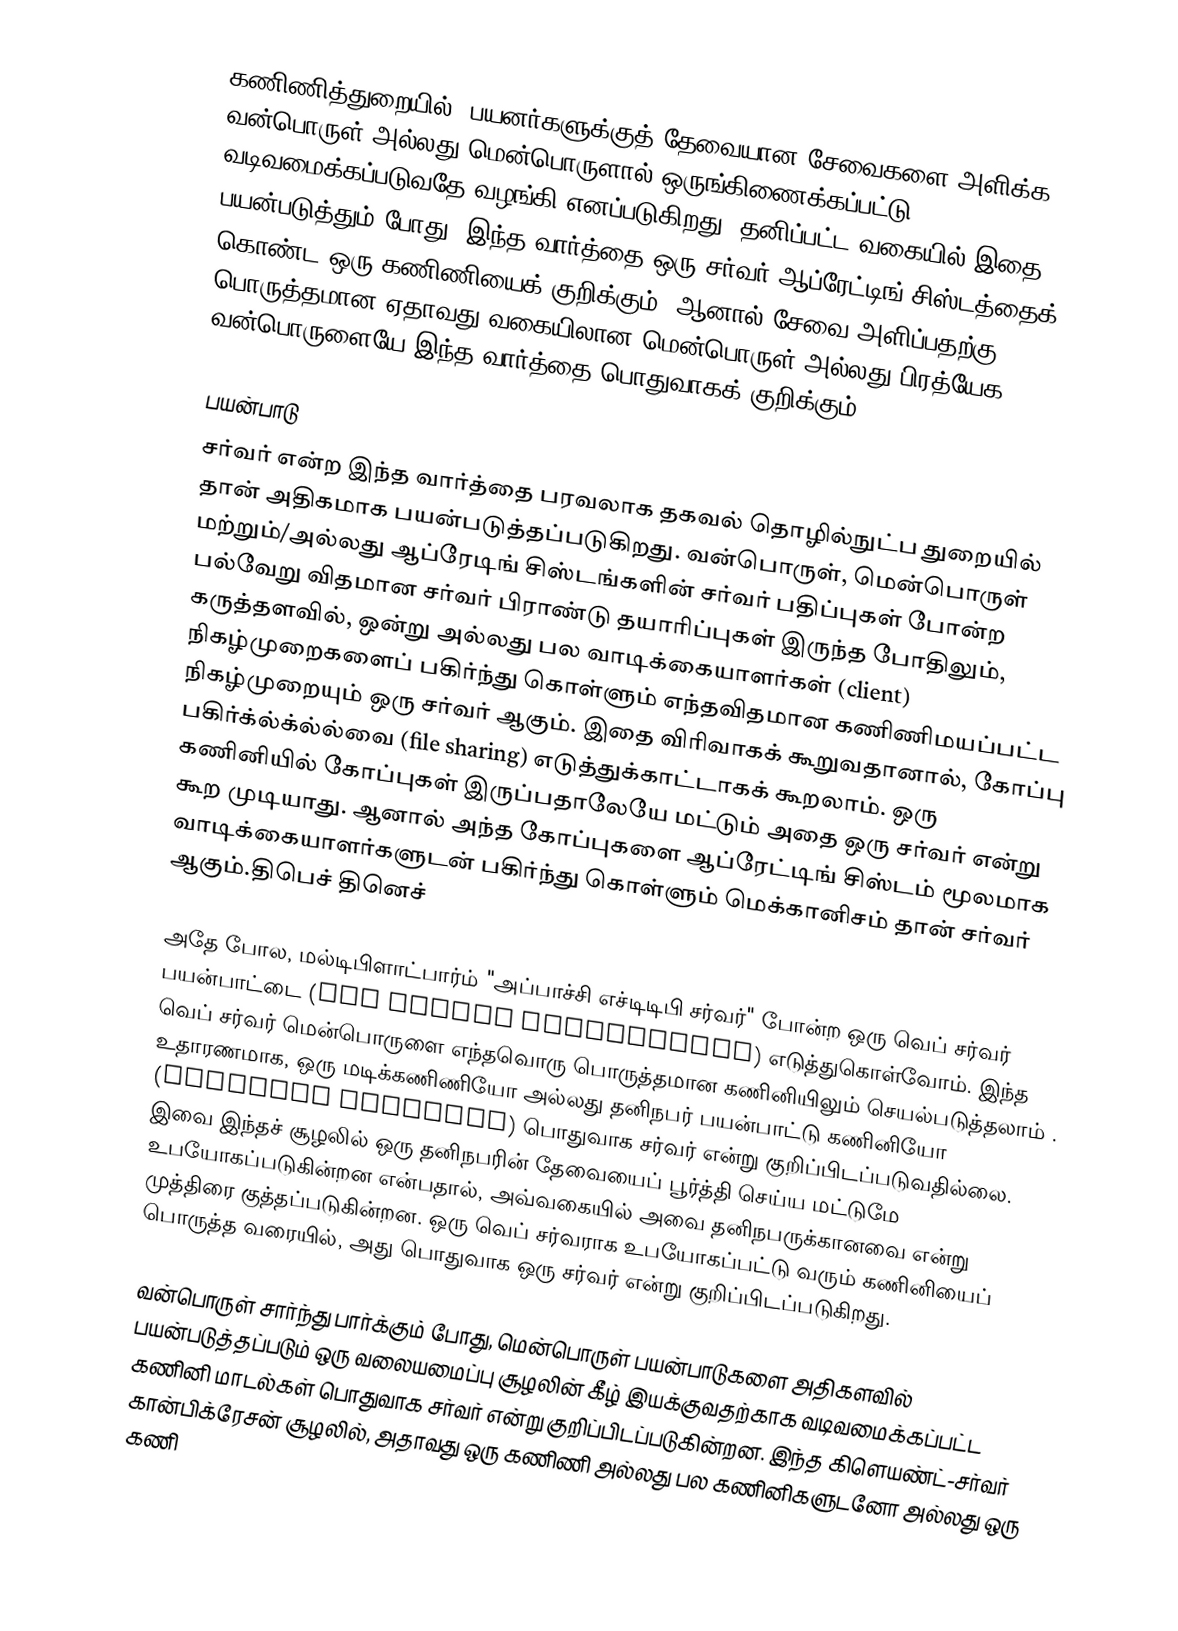
கணிணித்துறையில், பயனர்களுக்குத் தேவையான சேவைகளை அளிக்க வன்பொருள் அல்லது மென்பொருளால் ஒருங்கிணைக்கப்பட்டு வடிவமைக்கப்படுவதே வழங்கி எனப்படுகிறது. தனிப்பட்ட வகையில் இதை பயன்படுத்தும் போது, இந்த வார்த்தை ஒரு சர்வர் ஆப்ரேட்டிங் சிஸ்டத்தைக் கொண்ட ஒரு கணிணியைக் குறிக்கும். ஆனால் சேவை அளிப்பதற்கு பொருத்தமான ஏதாவது வகையிலான மென்பொருள் அல்லது பிரத்யேக வன்பொருளையே இந்த வார்த்தை பொதுவாகக் குறிக்கும்.

பயன்பாடு
சர்வர் என்ற இந்த வார்த்தை பரவலாக தகவல் தொழில்நுட்ப துறையில் தான் அதிகமாக பயன்படுத்தப்படுகிறது. வன்பொருள், மென்பொருள் மற்றும்/அல்லது ஆப்ரேடிங் சிஸ்டங்களின் சர்வர் பதிப்புகள் போன்ற பல்வேறு விதமான சர்வர் பிராண்டு தயாரிப்புகள் இருந்த போதிலும், கருத்தளவில், ஒன்று அல்லது பல வாடிக்கையாளர்கள் (client) நிகழ்முறைகளைப் பகிர்ந்து கொள்ளும் எந்தவிதமான கணிணிமயப்பட்ட நிகழ்முறையும் ஒரு சர்வர் ஆகும். இதை விரிவாகக் கூறுவதானால், கோப்பு பகிர்க்ல்க்ல்ல்வை (file sharing) எடுத்துக்காட்டாகக் கூறலாம். ஒரு கணினியில் கோப்புகள் இருப்பதாலேயே மட்டும் அதை ஒரு சர்வர் என்று கூற முடியாது. ஆனால் அந்த கோப்புகளை ஆப்ரேட்டிங் சிஸ்டம் மூலமாக வாடிக்கையாளர்களுடன் பகிர்ந்து கொள்ளும் மெக்கானிசம் தான் சர்வர் ஆகும்.திபெச் தினெச்

அதே போல, மல்டிபிளாட்பார்ம் "அப்பாச்சி எச்டிடிபி சர்வர்" போன்ற ஒரு வெப் சர்வர் பயன்பாட்டை (web server application) எடுத்துகொள்வோம். இந்த வெப் சர்வர் மென்பொருளை எந்தவொரு பொருத்தமான கணினியிலும் செயல்படுத்தலாம் . உதாரணமாக, ஒரு மடிக்கணிணியோ அல்லது தனிநபர் பயன்பாட்டு கணினியோ (personal computer) பொதுவாக சர்வர் என்று குறிப்பிடப்படுவதில்லை. இவை இந்தச் சூழலில் ஒரு தனிநபரின் தேவையைப் பூர்த்தி செய்ய மட்டுமே உபயோகப்படுகின்றன என்பதால், அவ்வகையில் அவை தனிநபருக்கானவை என்று முத்திரை குத்தப்படுகின்றன. ஒரு வெப் சர்வராக உபயோகப்பட்டு வரும் கணினியைப் பொருத்த வரையில், அது பொதுவாக ஒரு சர்வர் என்று குறிப்பிடப்படுகிறது.

வன்பொருள் சார்ந்து பார்க்கும் போது, மென்பொருள் பயன்பாடுகளை அதிகளவில் பயன்படுத்தப்படும் ஒரு வலையமைப்பு சூழலின் கீழ் இயக்குவதற்காக வடிவமைக்கப்பட்ட கணினி மாடல்கள் பொதுவாக சர்வர் என்று குறிப்பிடப்படுகின்றன. இந்த கிளெயண்ட்-சர்வர் கான்பிக்ரேசன் சூழலில், அதாவது ஒரு கணிணி அல்லது பல கணினிகளுடனோ அல்லது ஒரு கணி